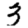
Digit: 3